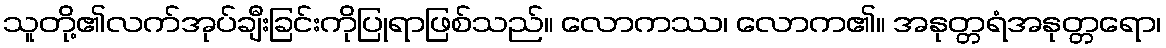
သူတို့၏လက်အုပ်ချီးခြင်းကိုပြုရာဖြစ်သည်။ လောကဿ၊ လောက၏။ အနုတ္တရံအနုတ္တရော၊